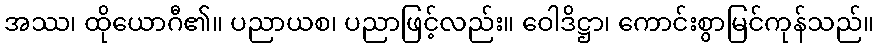
အဿ၊ ထိုယောဂီ၏။ ပညာယစ၊ ပညာဖြင့်လည်း။ ဝေါဒိဋ္ဌာ၊ ကောင်းစွာမြင်ကုန်သည်။